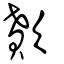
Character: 歕